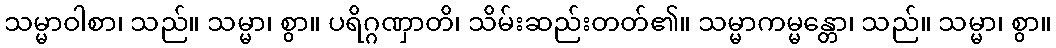
သမ္မာဝါစာ၊ သည်။ သမ္မာ၊ စွာ။ ပရိဂ္ဂဏှာတိ၊ သိမ်းဆည်းတတ်၏။ သမ္မာကမ္မန္တော၊ သည်။ သမ္မာ၊ စွာ။